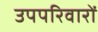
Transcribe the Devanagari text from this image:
उपपरिवारों